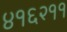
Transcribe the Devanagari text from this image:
४१६२११